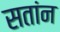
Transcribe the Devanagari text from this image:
सतांन